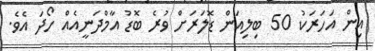
އިން އަހަރަކު 50 ބިލިއަން ޑޮލަރަށް ވުރެ ބޮޑު އާމްދަނީއެއް ހޯދަ އެވެ.